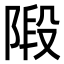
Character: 𨺣